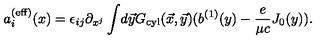
a _ { i } ^ { ( \mathrm { e f f } ) } ( x ) = \epsilon _ { i j } \partial _ { x ^ { j } } \int \! d \vec { y } { G } _ { \mathrm { c y l } } ( \vec { x } , \vec { y } ) ( b ^ { ( 1 ) } ( y ) - { \frac { e } { \mu c } } J _ { 0 } ( y ) ) .